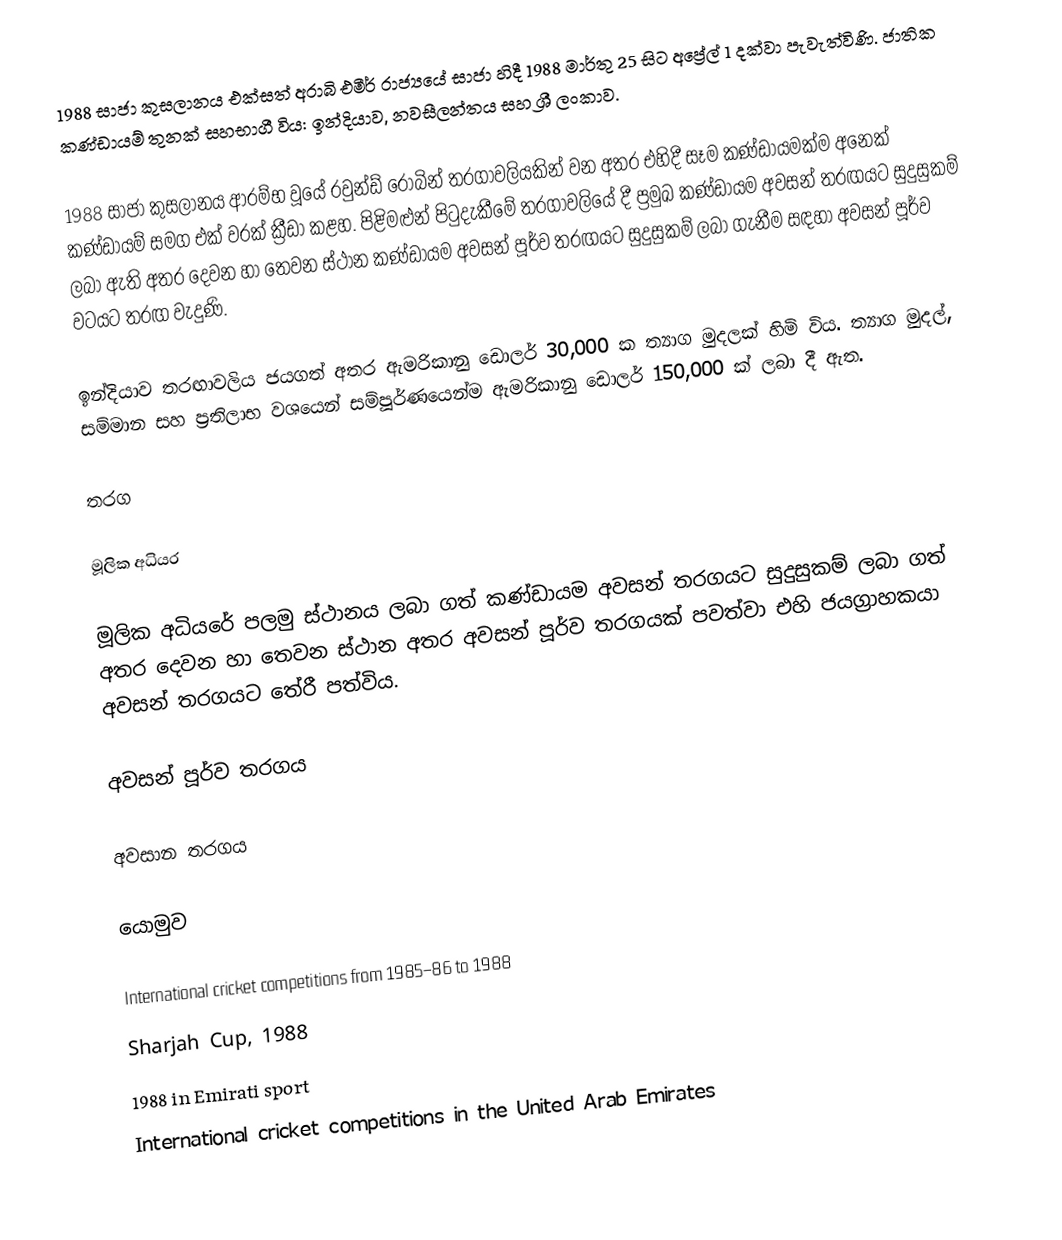
1988 සාජා කුසලානය එක්සත් අරාබි එමීර් රාජ්‍යයේ සාජා හිදී 1988 මාර්තු 25 සිට අප්‍රේල් 1 දක්වා පැවැත්විණි. ජාතික කණ්ඩායම් තුනක් සහභාගී විය: ඉන්දියාව, නවසීලන්තය සහ ශ්‍රී ලංකාව.

1988 සාජා කුසලානය ආරම්භ වූයේ රවුන්ඩ් රොබින් තරගාවලියකින් වන අතර එහිදී සෑම කණ්ඩායමක්ම අනෙක් කණ්ඩායම් සමග එක් වරක් ක්‍රීඩා කළහ. පිළිමළුන් පිටුදැකීමේ තරගාවලියේ දී ප්‍රමුඛ කණ්ඩායම අවසන් තරඟයට සුදුසුකම් ලබා ඇති අතර දෙවන හා තෙවන ස්ථාන කණ්ඩායම අවසන් පූර්ව තරඟයට සුදුසුකම් ලබා ගැනීම සඳහා අවසන් පූර්ව වටයට තරඟ වැදුණි.

ඉන්දියාව තරඟාවලිය ජයගත් අතර ඇමරිකානු ඩොලර් 30,000 ක ත්‍යාග මුදලක් හිමි විය. ත්‍යාග මුදල්, සම්මාන සහ ප්‍රතිලාභ වශයෙන් සම්පූර්ණයෙන්ම ඇමරිකානු ඩොලර් 150,000 ක් ලබා දී ඇත.

තරග

මූලික අධියර

මූලික අධියරේ පලමු ස්ථානය ලබා ගත් කණ්ඩායම අවසන් තරගයට සුදුසුකම් ලබා ගත් අතර දෙවන හා තෙවන ස්ථාන අතර අවසන් පූර්ව තරගයක් පවත්වා එහි ජයග්‍රාහකයා අවසන් තරගයට තේරී පත්විය.

අවසන් පූර්ව තරගය

අවසාන තරගය

යොමුව

International cricket competitions from 1985–86 to 1988
Sharjah Cup, 1988
1988 in Emirati sport
International cricket competitions in the United Arab Emirates